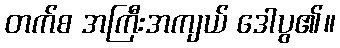
တက်စ အကြီးအကျယ် ဒေါပွ၏။